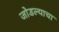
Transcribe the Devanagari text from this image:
जोडल्याचा